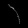
Digit: ၈